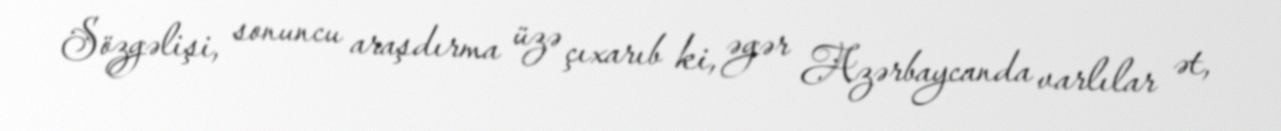
Sözgəlişi, sonuncu araşdırma üzə çıxarıb ki, əgər Azərbaycanda varlılar ət,